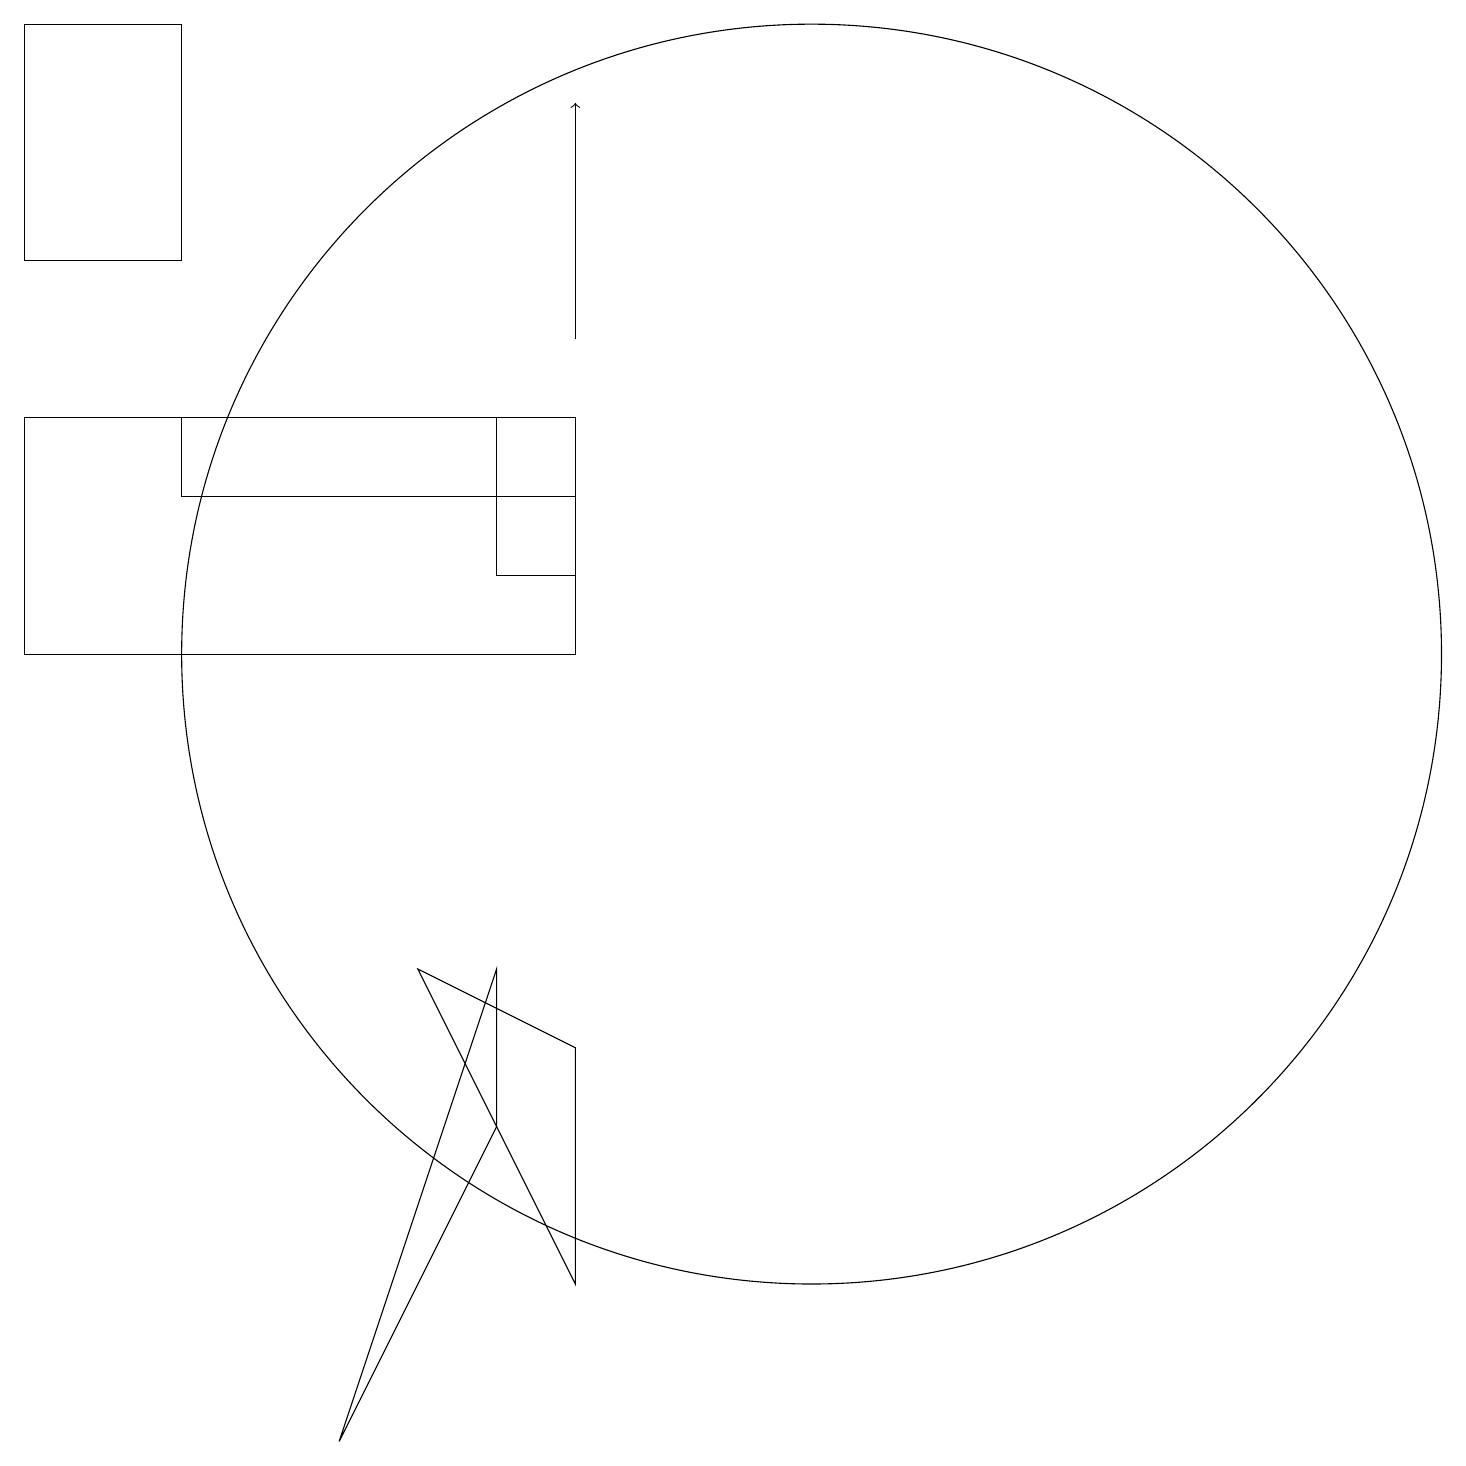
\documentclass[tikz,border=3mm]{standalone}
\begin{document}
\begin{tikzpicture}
\draw (10,10) circle (8);
\draw[->] (7,14) -- (7,17);
\draw (6,11) rectangle (7,12);
\draw (7,13) rectangle (0,10);
\draw (5,6) -- (7,5) -- (7,2) -- cycle;
\draw (0,15) rectangle (2,18);
\draw (2,12) rectangle (6,13);
\draw (6,6) -- (4,0) -- (6,4) -- cycle;
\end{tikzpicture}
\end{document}